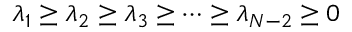
\lambda _ { 1 } \geq \lambda _ { 2 } \geq \lambda _ { 3 } \geq \cdots \geq \lambda _ { N - 2 } \geq 0